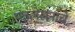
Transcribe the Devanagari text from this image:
पत्रलेखनाचे